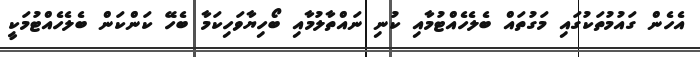
އެހެން ގައުމުތަކުގައި މަގުތައް ބެލެހެއްޓުމާއި ކުނި ނައްތާލުމާއި ބޯހިޔާވަހިކަމާ ބެހޭ ކަންކަން ބެލެހެއްޓުމަކީ